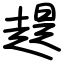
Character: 趧